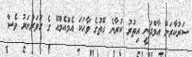
ސަރުކާރަށް އާމްދަނީ އިތުރު ކުރާނެ ގޮތުގެ ވާހަކަ އެމްއެމްއޭ ގެ ގަވަރުނަރު ވެސް